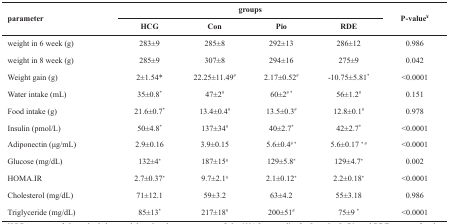
<table><thead><tr><td><b>parameter</b></td><td colspan="4"><b>groups</b></td><td rowspan="2"><b>P-value<sup>¥</sup></b></td></tr><tr><td></td><td><b>HCG</b></td><td><b>Con</b></td><td><b>Pio</b></td><td><b>RDE</b></td></tr></thead><tbody><tr><td>weight in 6 week (g)</td><td>283±9</td><td>285±8</td><td>292±13</td><td>286±12</td><td>0.986</td></tr><tr><td>weight in 8 week (g)</td><td>285±9</td><td>307±8</td><td>294±16</td><td>275±9</td><td>0.042</td></tr><tr><td>Weight gain (g)</td><td>2±1.54<sup>*</sup></td><td>22.25±11.49<sup>#</sup></td><td>2.17±0.52<sup>#</sup></td><td>-10.75±5.81<sup>*</sup></td><td>&lt;0.0001</td></tr><tr><td>Water intake (mL)</td><td>35±0.8<sup>*</sup></td><td>47±2<sup>#</sup></td><td>60±2<sup># *</sup></td><td>56±1.2<sup>#</sup></td><td>0.151</td></tr><tr><td>Food intake (g)</td><td>21.6±0.7<sup>*</sup></td><td>13.4±0.4<sup>#</sup></td><td>13.5±0.3<sup>#</sup></td><td>12.8±0.1<sup>#</sup></td><td>0.978</td></tr><tr><td>Insulin (pmol/L)</td><td>50±4.8<sup>*</sup></td><td>137±34<sup>#</sup></td><td>40±2.7<sup>*</sup></td><td>42±2.7<sup>*</sup></td><td>&lt;0.0001</td></tr><tr><td>Adiponectin (μg/mL)</td><td>2.9±0.16</td><td>3.9±0.15</td><td>5.6±0.4<sup># *</sup></td><td>5.6±0.17<sup> * #</sup></td><td>&lt;0.0001</td></tr><tr><td>Glucose (mg/dL)</td><td>132±4<sup>*</sup></td><td>187±15<sup>#</sup></td><td>129±5.8<sup>*</sup></td><td>129±4.7<sup>*</sup></td><td>0.002</td></tr><tr><td>HOMA.IR</td><td>2.7±0.37<sup>*</sup></td><td>9.7±2.1<sup>#</sup></td><td>2.1±0.12<sup>*</sup></td><td>2.2±0.18<sup>*</sup></td><td>&lt;0.0001</td></tr><tr><td>Cholesterol (mg/dL)</td><td>71±12.1</td><td>59±3.2</td><td>63±4.2</td><td>55±3.18</td><td>0.986</td></tr><tr><td>Triglyceride (mg/dL)</td><td>85±13<sup>*</sup></td><td>217±18<sup>#</sup></td><td>200±51<sup>#</sup></td><td>75±9<sup> *</sup></td><td>&lt;0.0001</td></tr></tbody></table>